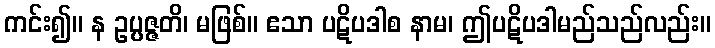
ကင်း၍။ န ဥပ္ပဇ္ဇတိ၊ မဖြစ်။ ဧသာ ပဋိပဒါစ နာမ၊ ဤပဋိပဒါမည်သည်လည်း။